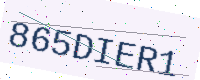
Text: 865DIER1